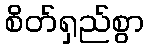
စိတ်ရှည်စွာ